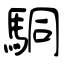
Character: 駧